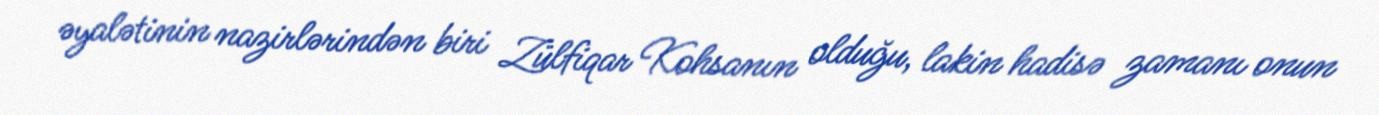
əyalətinin nazirlərindən biri Zülfiqar Kohsanın olduğu, lakin hadisə zamanı onun